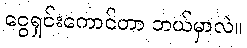
ငွေရှင်းကောင်တာ ဘယ်မှာလဲ။